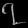
Digit: ၇